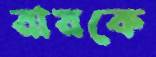
রায়কে